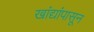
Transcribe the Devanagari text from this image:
खांद्यांपासून